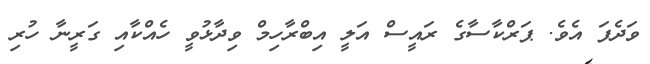
ވަދެފަ އެވެ. ޕަރްކާސާގެ ރައީސް އަލީ އިބްރާހިމް ވިދާޅުވީ ހެއްކާއި ގަރީނާ ހުރި